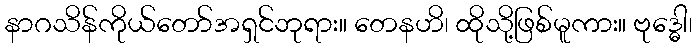
နာဂသိန်ကိုယ်တော်အရှင်ဘုရား။ တေနဟိ၊ ထိုသို့ဖြစ်မူကား။ ဗုဒ္ဓေါ၊